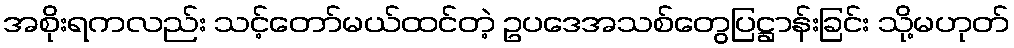
အစိုးရကလည်း သင့်တော်မယ်ထင်တဲ့ ဥပဒေအသစ်တွေပြဋ္ဌာန်းခြင်း သို့မဟုတ်